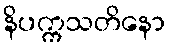
နိပက္ကသတိနော